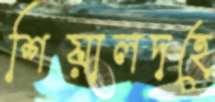
শিয়ালদহে